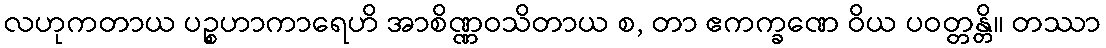
လဟုကတာယ ပဉ္စဟာကာရေဟိ အာစိဏ္ဏဝသိတာယ စ, တာ ဧကက္ခဏေ ဝိယ ပဝတ္တန္တိ။ တဿာ